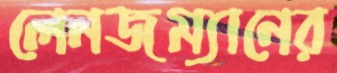
লেনজম্যানের